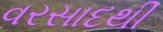
વરસાદથી